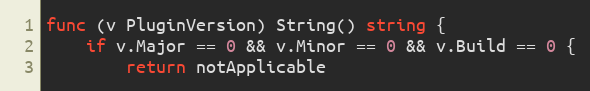
Language: Go
func (v PluginVersion) String() string {
	if v.Major == 0 && v.Minor == 0 && v.Build == 0 {
		return notApplicable